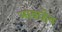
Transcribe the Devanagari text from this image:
माबाहेथ